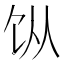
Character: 𬲪